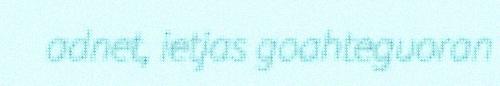
adnet, ietjas goahteguoran